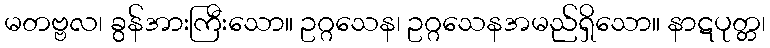
မတဗ္ဗလ၊ ခွန်အားကြီးသော။ ဥဂ္ဂသေန၊ ဥဂ္ဂသေနအမည်ရှိသော။ နာဋပုတ္တ၊